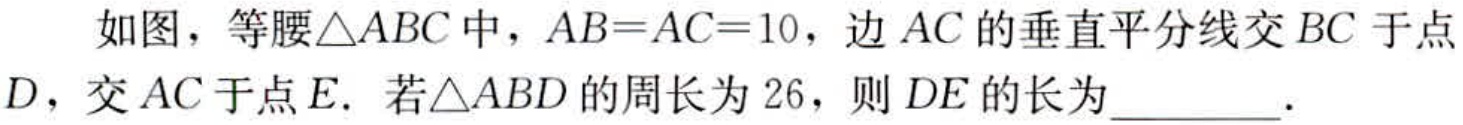
如图，等腰$\triangle ABC$中，$AB = AC = 10$，边$AC$的垂直平分线交$BC$于点$D$，交$AC$于点$E$．若$\triangle ABD$的周长为$26$，则$DE$的长为_________．